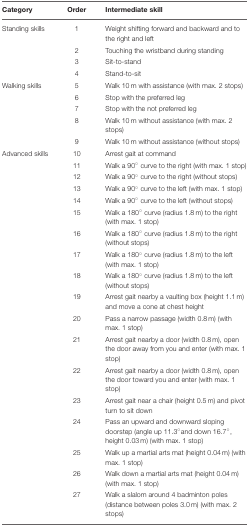
<table><thead><tr><td><b>Category</b></td><td><b>Order</b></td><td><b>Intermediate skill</b></td></tr></thead><tbody><tr><td>Standing skills</td><td>1</td><td>Weight shifting forward and backward and to the right and left</td></tr><tr><td></td><td>2</td><td>Touching the wristband during standing</td></tr><tr><td></td><td>3</td><td>Sit-to-stand</td></tr><tr><td></td><td>4</td><td>Stand-to-sit</td></tr><tr><td>Walking skills</td><td>5</td><td>Walk 10 m with assistance (with max. 2 stops)</td></tr><tr><td></td><td>6</td><td>Stop with the preferred leg</td></tr><tr><td></td><td>7</td><td>Stop with the not preferred leg</td></tr><tr><td></td><td>8</td><td>Walk 10 m without assistance (with max. 2 stops)</td></tr><tr><td></td><td>9</td><td>Walk 10 m without assistance (without stops)</td></tr><tr><td>Advanced skills</td><td>10</td><td>Arrest gait at command</td></tr><tr><td></td><td>11</td><td>Walk a 90° curve to the right (with max. 1 stop)</td></tr><tr><td></td><td>12</td><td>Walk a 90° curve to the right (without stops)</td></tr><tr><td></td><td>13</td><td>Walk a 90° curve to the left (with max. 1 stop)</td></tr><tr><td></td><td>14</td><td>Walk a 90° curve to the left (without stops)</td></tr><tr><td></td><td>15</td><td>Walk a 180° curve (radius 1.8 m) to the right (with max. 1 stop)</td></tr><tr><td></td><td>16</td><td>Walk a 180° curve (radius 1.8 m) to the right (without stops)</td></tr><tr><td></td><td>17</td><td>Walk a 180° curve (radius 1.8 m) to the left (with max. 1 stop)</td></tr><tr><td></td><td>18</td><td>Walk a 180° curve (radius 1.8 m) to the left (without stops)</td></tr><tr><td></td><td>19</td><td>Arrest gait nearby a vaulting box (height 1.1 m) and move a cone at chest height</td></tr><tr><td></td><td>20</td><td>Pass a narrow passage (width 0.8 m) (with max. 1 stop)</td></tr><tr><td></td><td>21</td><td>Arrest gait nearby a door (width 0.8 m), open the door away from you and enter (with max. 1 stop)</td></tr><tr><td></td><td>22</td><td>Arrest gait nearby a door (width 0.8 m), open the door toward you and enter (with max. 1 stop)</td></tr><tr><td></td><td>23</td><td>Arrest gait near a chair (height 0.5 m) and pivot turn to sit down</td></tr><tr><td></td><td>24</td><td>Pass an upward and downward sloping doorstep (angle up 11.3°and down 16.7°, height 0.03 m) (with max. 1 stop)</td></tr><tr><td></td><td>25</td><td>Walk up a martial arts mat (height 0.04 m) (with max. 1 stop)</td></tr><tr><td></td><td>26</td><td>Walk down a martial arts mat (height 0.04 m) (with max. 1 stop)</td></tr><tr><td></td><td>27</td><td>Walk a slalom around 4 badminton poles (distance between poles 3.0 m) (with max. 2 stops)</td></tr></tbody></table>